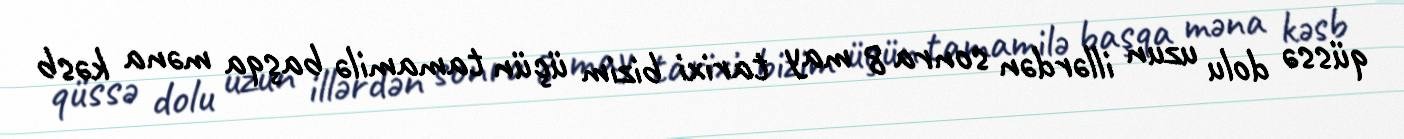
qüssə dolu uzun illərdən sonra 8 may tarixi bizim üçün tamamilə başqa məna kəsb